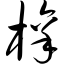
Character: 檩